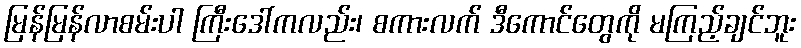
မြန်မြန်လာစမ်းပါ ကြီးဒေါ်ကလည်း၊ စကားလက် ဒီကောင်တွေကို မကြည့်ချင်ဘူး